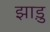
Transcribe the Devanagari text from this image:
झाड़ु